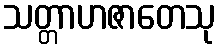
သတ္တာဟဇာတေသု